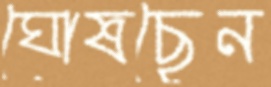
ঘোষছেন